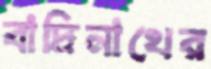
বাদ্রিনাথের